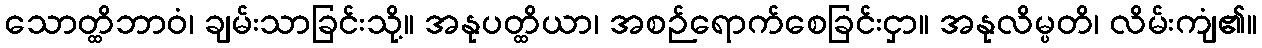
သောတ္ထိဘာဝံ၊ ချမ်းသာခြင်းသို့။ အနုပတ္ထိယာ၊ အစဉ်ရောက်စေခြင်းငှာ။ အနုလိမ္ပတိ၊ လိမ်းကျံ၏။